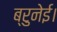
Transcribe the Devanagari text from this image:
ब्रुनेई।